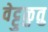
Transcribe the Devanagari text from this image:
वेट्टुळुतु